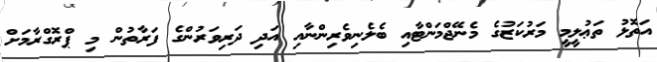
އަތޮޅު ތަޢުލީމީ މަރުކަޒުގެ މެނޭޖްމަންޓާއި ބެލެނިވެރިންނާއި އަދި ދަރިވަރުންގެ ފަރާތުން މި ޕްރޮގްރާމަށް